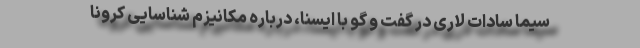
سیما سادات لاری در گفت و گو با ایسنا، درباره مکانیزم شناسایی کرونا